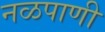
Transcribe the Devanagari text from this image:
नळपाणी